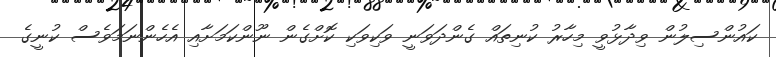
ކައުންސިލުން ވިދާޅުވީ މިހާރު ކުނިތައް ގެންދަވަނީ ވަކިވަކި ކޮށްގެން ނޫންކަމަށާއި އެހެންނަމަވެސް ކުނީގެ